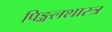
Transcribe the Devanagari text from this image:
पिङ्गलशास्त्र